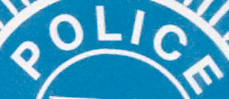
POLICE